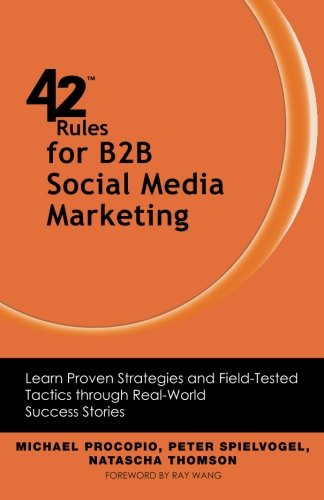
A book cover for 42 Rules for B2B Social Media Marketing: Learn Proven Strategies and Field-Tested Tactics through Real World Success Stories; Michael Procopio; Computers & Technology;